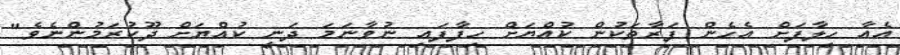
އެއާ ހިލާފަށް އެހެން ފަރާތަކުން ކުއްޔަށް ހިފާފައި ނުވާނަމަ ދަނީ ކުއްޔަށް ދޫކުރަމުންނެވެ"